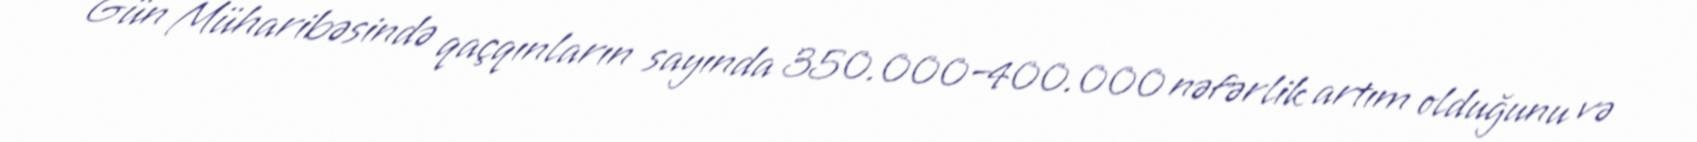
Gün Müharibəsində qaçqınların sayında 350.000–400.000 nəfərlik artım olduğunu və